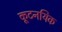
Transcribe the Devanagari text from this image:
कूटनयिक